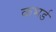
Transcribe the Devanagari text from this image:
कभर्ड